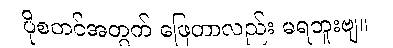
ပိုစတင်အတွက် ဖြေတာလည်း မရဘူးဗျ။